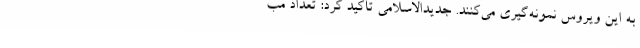
به این ویروس نمونه‌گیری می‌کنند. جدیدالاسلامی تأکید کرد: تعداد مب